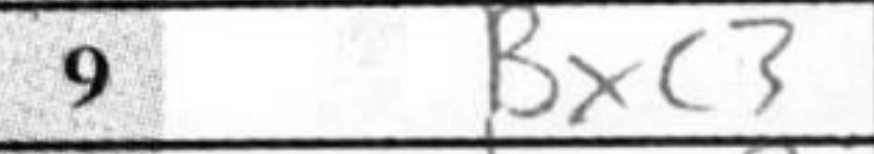
Transcription: Bxc3